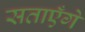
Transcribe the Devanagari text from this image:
सताएँगे